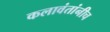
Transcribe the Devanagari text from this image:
कलावंतांनीच